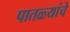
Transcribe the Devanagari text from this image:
पातळ्यांचे